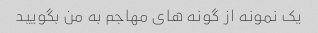
یک نمونه از گونه های مهاجم به من بگویید